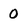
Character: 0